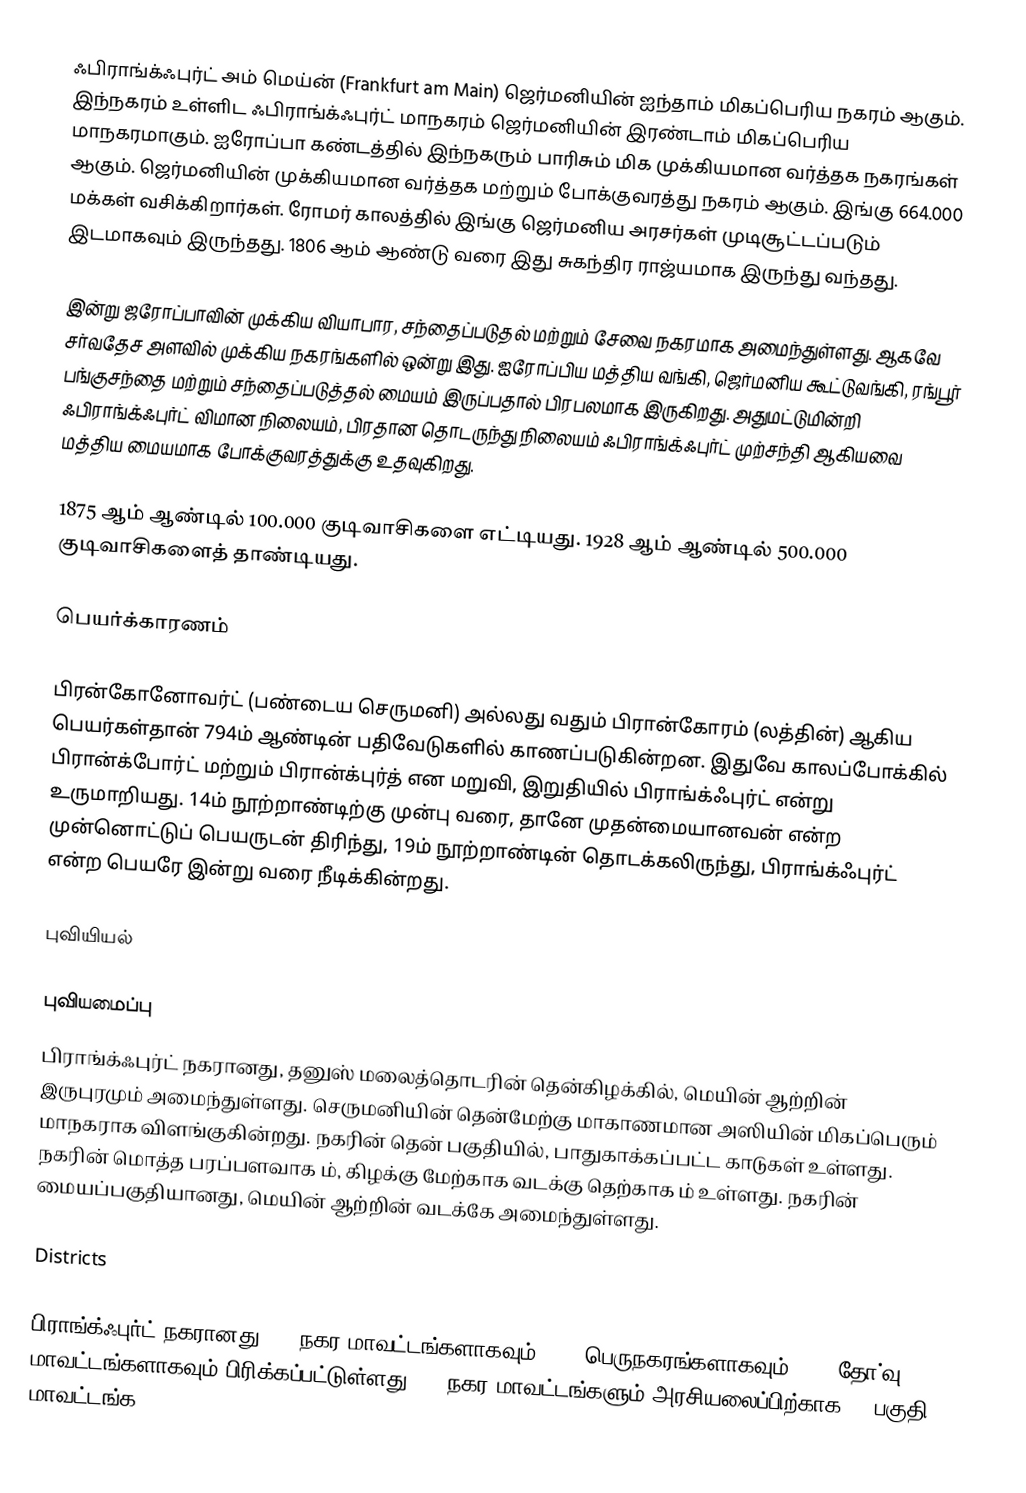
ஃபிராங்க்ஃபுர்ட் அம் மெய்ன் (Frankfurt am Main) ஜெர்மனியின் ஐந்தாம் மிகப்பெரிய நகரம் ஆகும். இந்நகரம் உள்ளிட ஃபிராங்க்ஃபுர்ட் மாநகரம் ஜெர்மனியின் இரண்டாம் மிகப்பெரிய மாநகரமாகும். ஐரோப்பா கண்டத்தில் இந்நகரும் பாரிசும் மிக முக்கியமான வர்த்தக நகரங்கள் ஆகும். ஜெர்மனியின் முக்கியமான வர்த்தக மற்றும் போக்குவரத்து நகரம் ஆகும். இங்கு 664.000 மக்கள் வசிக்கிறார்கள். ரோமர் காலத்தில் இங்கு ஜெர்மனிய அரசர்கள் முடிசூட்டப்படும் இடமாகவும் இருந்தது. 1806 ஆம் ஆண்டு வரை இது சுகந்திர ராஜ்யமாக இருந்து வந்தது.

இன்று ஜரோப்பாவின் முக்கிய வியாபார, சந்தைப்படுதல் மற்றும் சேவை நகரமாக அமைந்துள்ளது. ஆகவே சர்வதேச அளவில் முக்கிய நகரங்களில் ஒன்று இது. ஐரோப்பிய மத்திய வங்கி, ஜெர்மனிய கூட்டுவங்கி, ரங்பூர் பங்குசந்தை மற்றும் சந்தைப்படுத்தல் மையம் இருப்பதால் பிரபலமாக இருகிறது. அதுமட்டுமின்றி ஃபிராங்க்ஃபுர்ட் விமான நிலையம், பிரதான தொடருந்து நிலையம் ஃபிராங்க்ஃபுர்ட் முற்சந்தி ஆகியவை மத்திய மையமாக போக்குவரத்துக்கு உதவுகிறது.

1875 ஆம் ஆண்டில் 100.000 குடிவாசிகளை எட்டியது. 1928 ஆம் ஆண்டில் 500.000 குடிவாசிகளைத் தாண்டியது.

பெயர்க்காரணம்

பிரன்கோனோவர்ட் (பண்டைய செருமனி) அல்லது வதும் பிரான்கோரம் (லத்தின்) ஆகிய பெயர்கள்தான் 794ம் ஆண்டின் பதிவேடுகளில் காணப்படுகின்றன. இதுவே காலப்போக்கில் பிரான்க்போர்ட் மற்றும் பிரான்க்புர்த் என மறுவி, இறுதியில் பிராங்க்ஃபுர்ட் என்று உருமாறியது. 14ம் நூற்றாண்டிற்கு முன்பு வரை, தானே முதன்மையானவன் என்ற முன்னொட்டுப் பெயருடன் திரிந்து, 19ம் நூற்றாண்டின் தொடக்கலிருந்து, பிராங்க்ஃபுர்ட் என்ற பெயரே இன்று வரை நீடிக்கின்றது.

புவியியல்

புவியமைப்பு
பிராங்க்ஃபுர்ட் நகரானது, தனுஸ் மலைத்தொடரின் தென்கிழக்கில், மெயின் ஆற்றின் இருபுரமும் அமைந்துள்ளது. செருமனியின் தென்மேற்கு மாகாணமான அஸியின் மிகப்பெரும் மாநகராக விளங்குகின்றது. நகரின் தென் பகுதியில், பாதுகாக்கப்பட்ட காடுகள் உள்ளது. நகரின் மொத்த பரப்பளவாக ம், கிழக்கு மேற்காக  வடக்கு தெற்காக ம் உள்ளது. நகரின் மையப்பகுதியானது, மெயின் ஆற்றின் வடக்கே அமைந்துள்ளது.

Districts

பிராங்க்ஃபுர்ட் நகரானது, 46 நகர மாவட்டங்களாகவும், 118 பெருநகரங்களாகவும், 448 தோ்வு மாவட்டங்களாகவும் பிரிக்கப்பட்டுள்ளது. 46 நகர மாவட்டங்களும் அரசியலைப்பிற்காக 16 பகுதி மாவட்டங்க